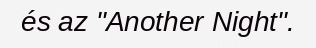
és az "Another Night".